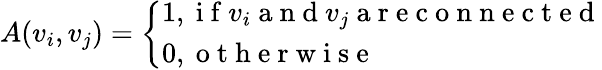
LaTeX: A(v_{i},v_{j})=\left\{ \begin{array}{l}{1,\mathrm{~i~f~}v_{i}\mathrm{~a~n~d~}v_{j}\mathrm{~a~r~e~c~o~n~n~e~c~t~e~d~}}\\ {0,\mathrm{~o~t~h~e~r~w~i~s~e~}}\end{array}\right.